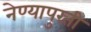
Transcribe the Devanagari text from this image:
नेण्यापुरती